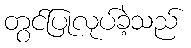
တွင်ပြုလုပ်ခဲ့သည်